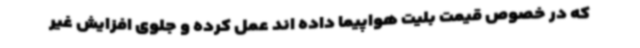
که در خصوص قیمت بلیت هواپیما داده اند عمل کرده و جلوی افزایش غیر